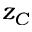
z _ { C }